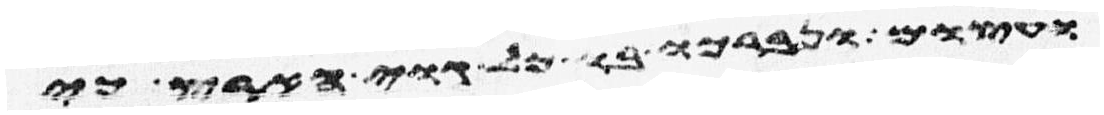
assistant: ועצום ונברכו בו כל גוי הארץ כי